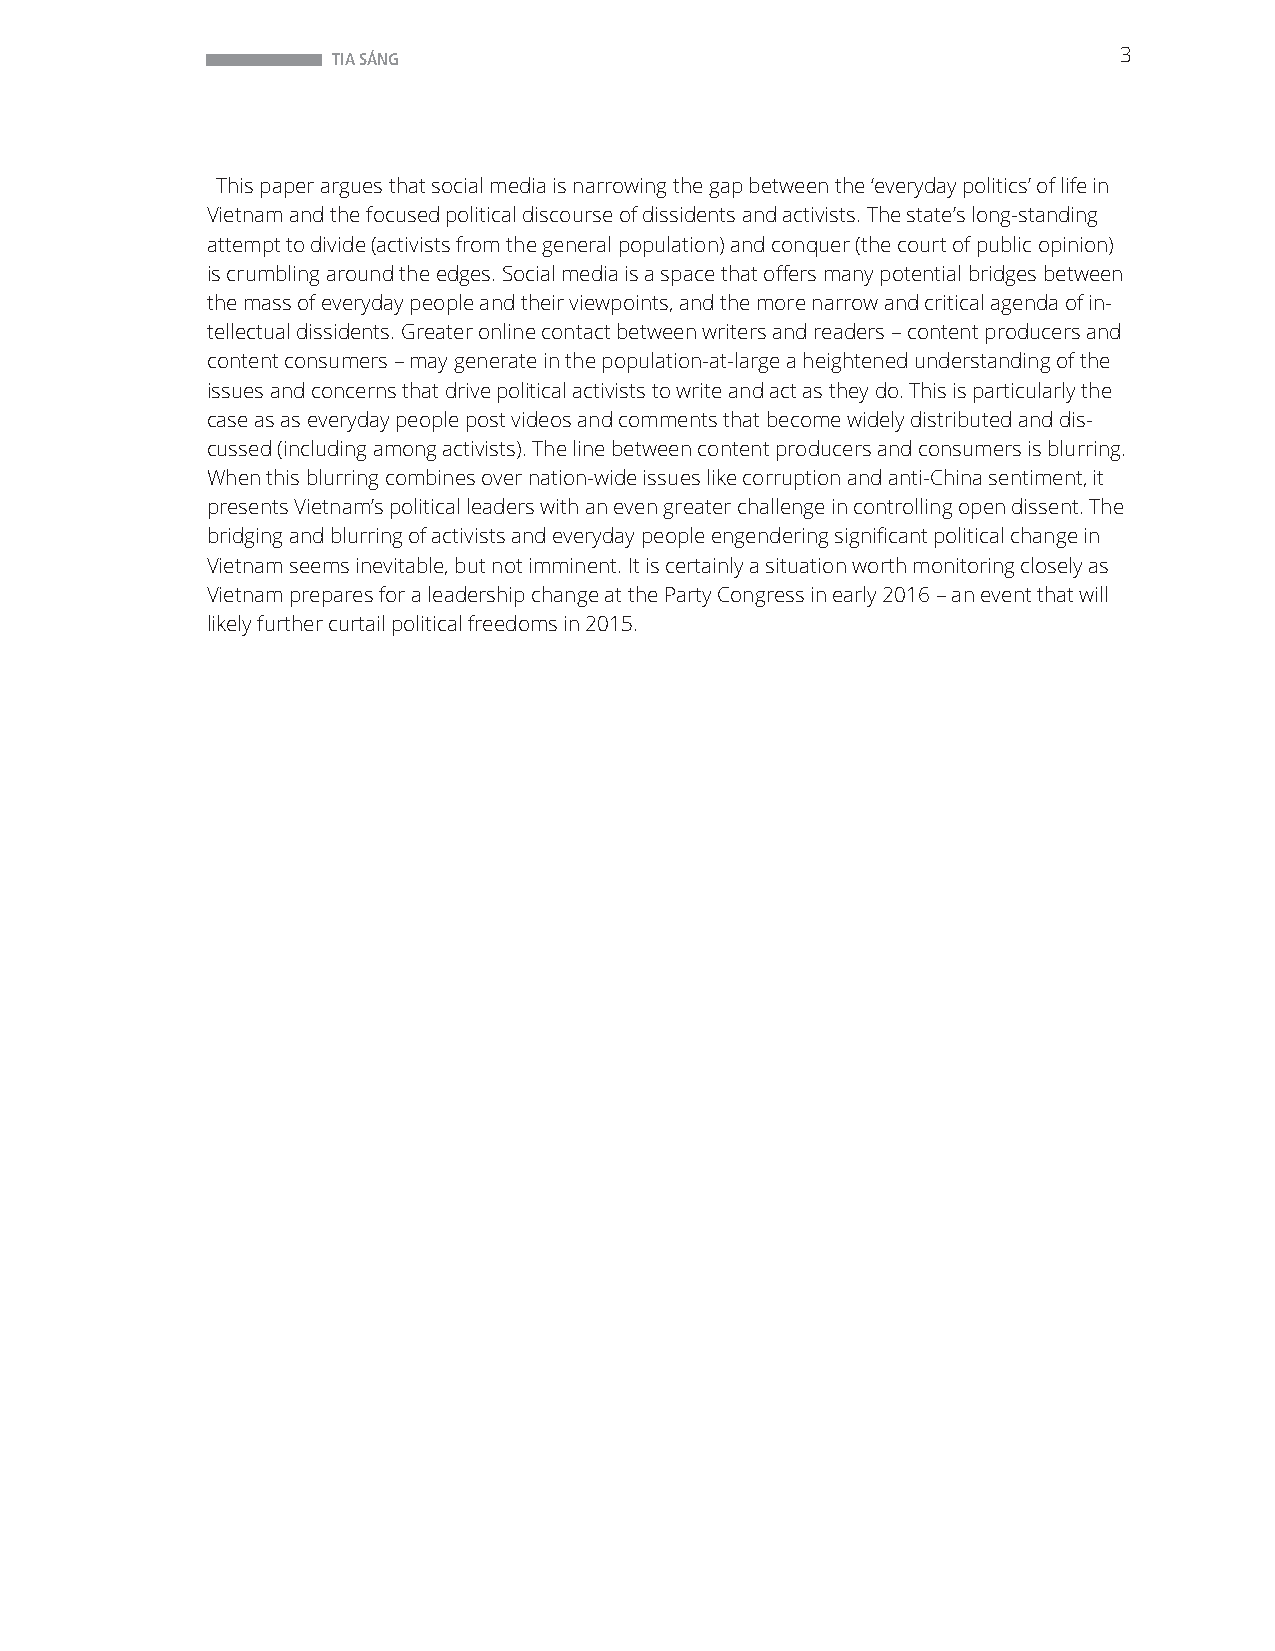
TIA SÁNG                                            3
 This paper argues that social media is narrowing the gap between the ‘everyday politics’ of life in
 Vietnam and the focused political discourse of dissidents and activists. The state’s long-standing
 attempt to divide (activists from the general population) and conquer (the court of public opinion)
 is crumbling around the edges. Social media is a space that offers many potential bridges between
 the mass of everyday people and their viewpoints, and the more narrow and critical agenda of in-
 tellectual dissidents. Greater online contact between writers and readers – content producers and
 content consumers – may generate in the population-at-large a heightened understanding of the
 issues and concerns that drive political activists to write and act as they do. This is particularly the
 case as as everyday people post videos and comments that become widely distributed and dis-
 cussed (including among activists). The line between content producers and consumers is blurring.
 When this blurring combines over nation-wide issues like corruption and anti-China sentiment, it
 presents Vietnam’s political leaders with an even greater challenge in controlling open dissent. The
 bridging and blurring of activists and everyday people engendering significant political change in
 Vietnam seems inevitable, but not imminent. It is certainly a situation worth monitoring closely as
 Vietnam prepares for a leadership change at the Party Congress in early 2016 – an event that will
 likely further curtail political freedoms in 2015.